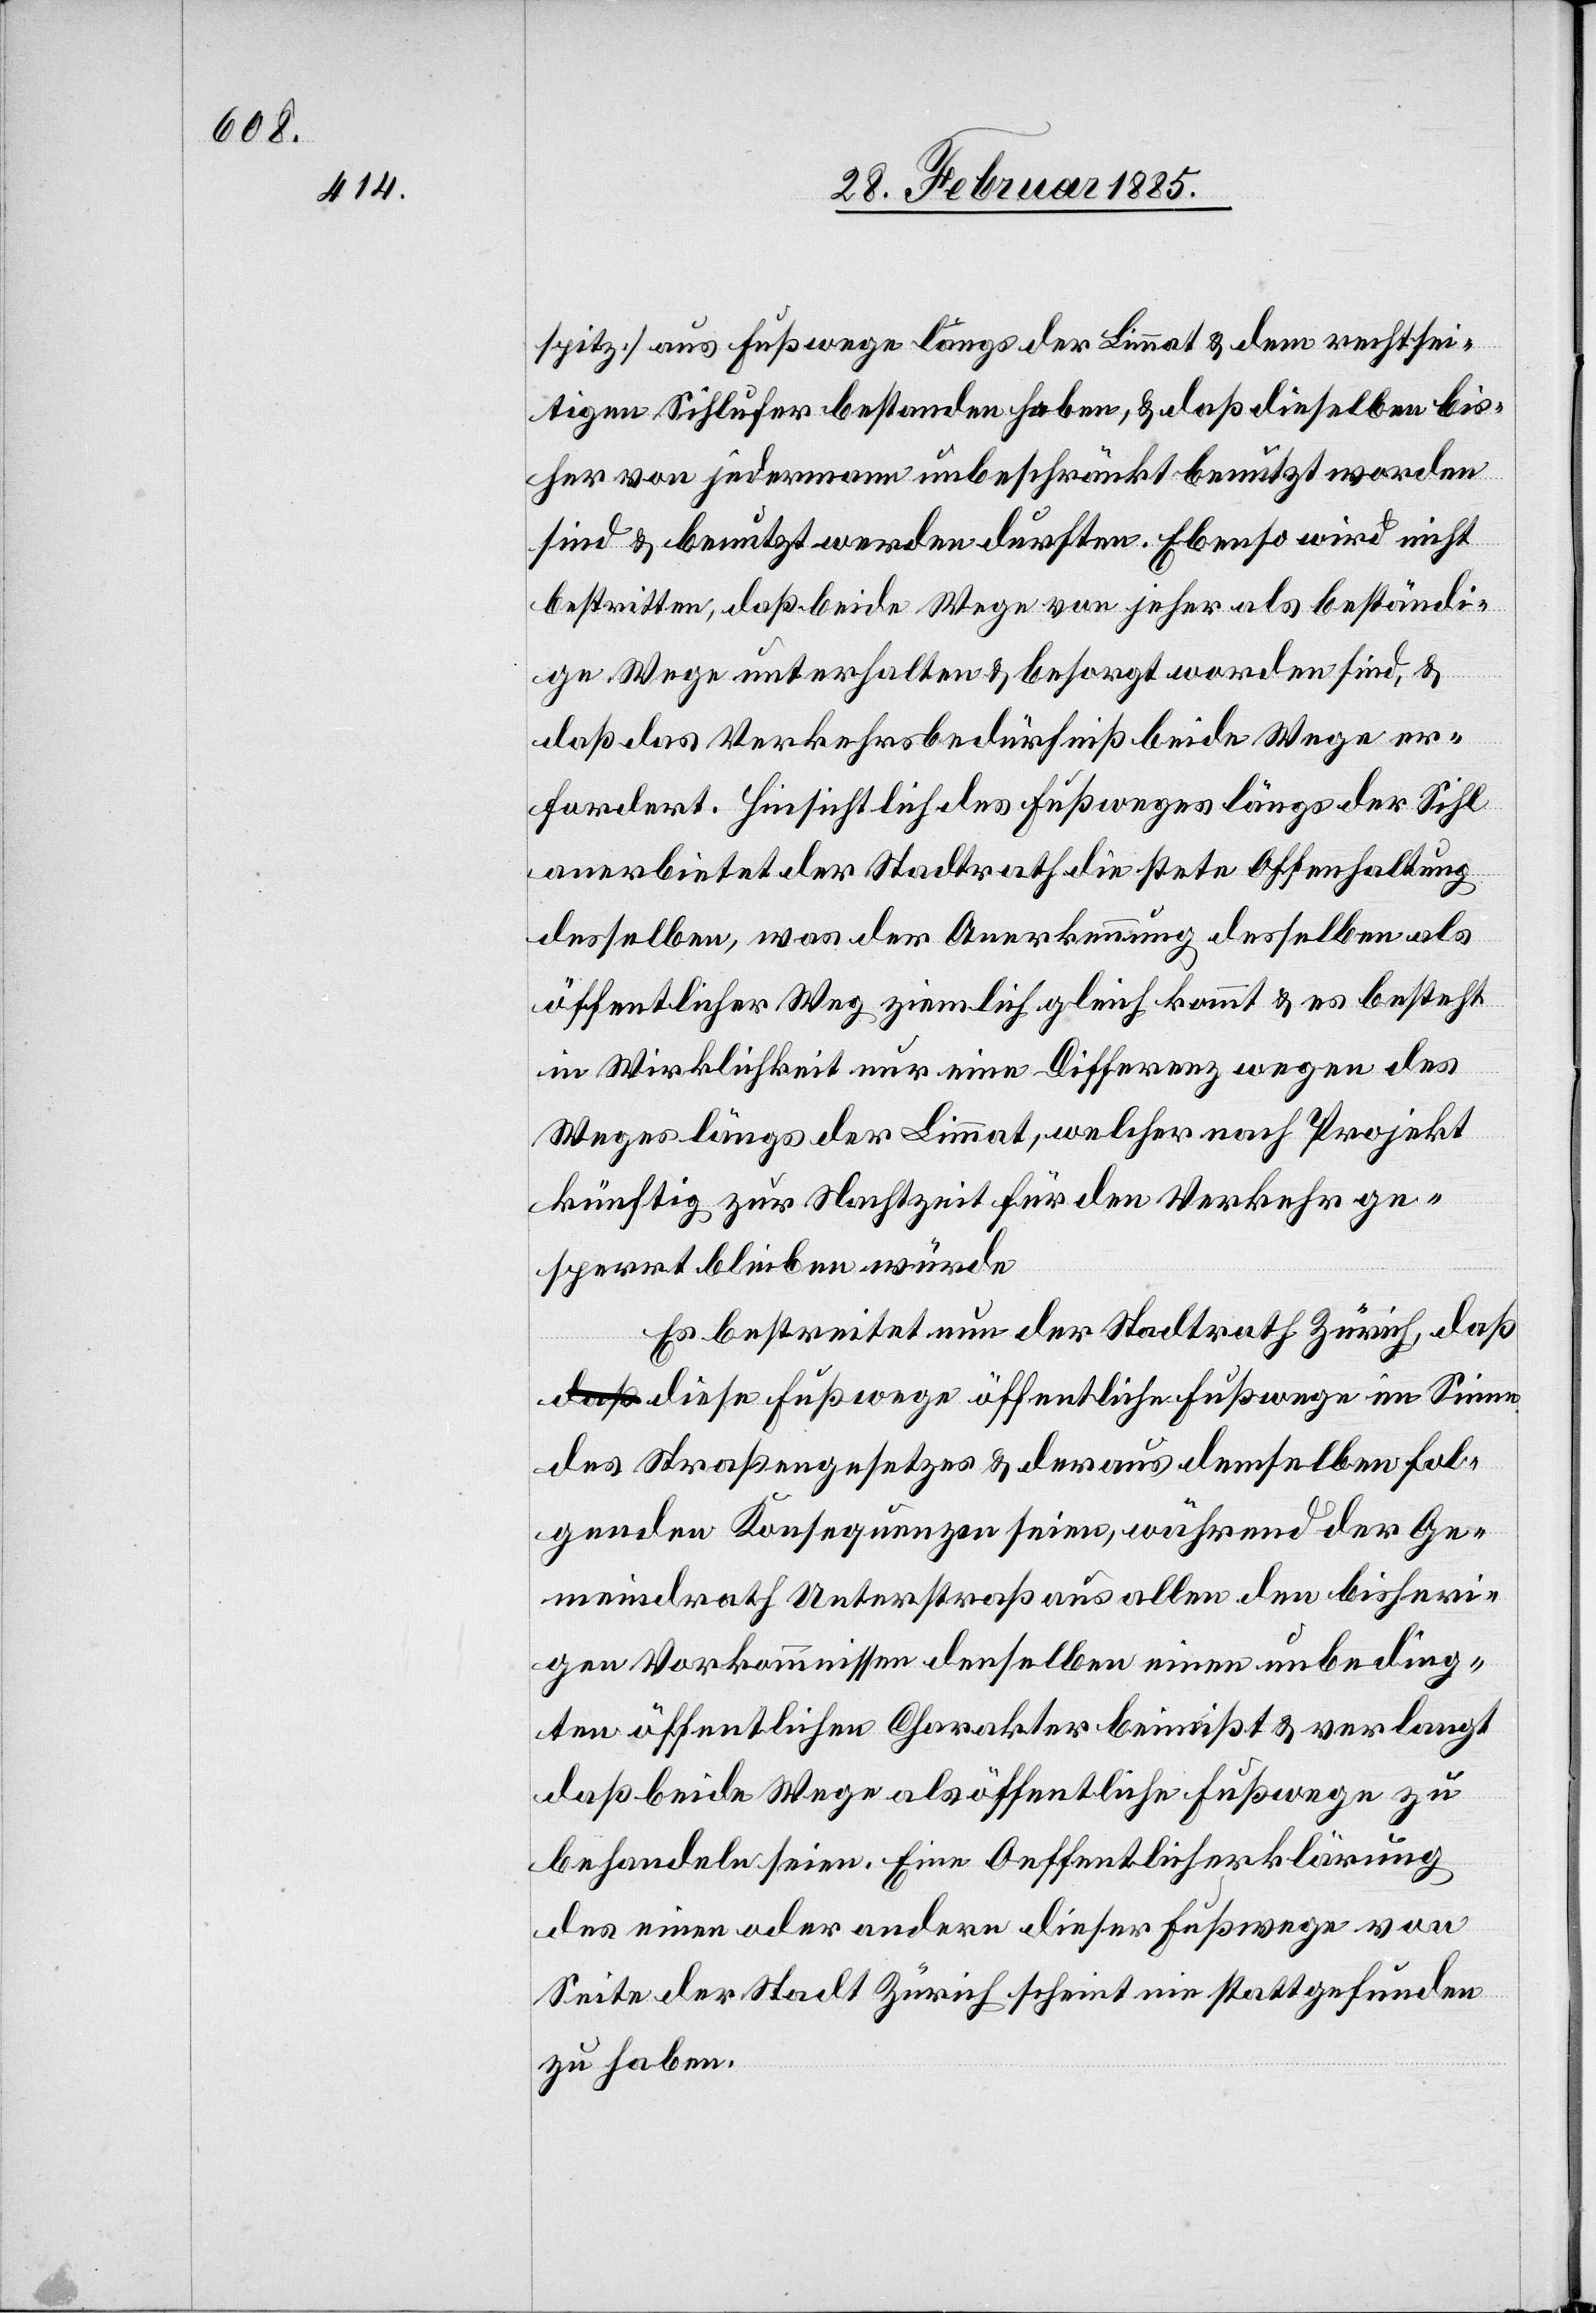
spitz] aus Fußwege längs der Limmat & dem rechtssei¬
tigen Sihlufer bestanden haben, & daß dieselben bis¬
her von jedermann unbeschränkt benutzt worden
sind & benutzt werden durften. Ebenso wird nicht
bestritten, daß beide Wege von jeher als beständi¬
ge Wege unterhalten & besorgt worden sind, &
daß das Verkehrsbedürfniß beide Wege er¬
fordert. Hinsichtlich des Fußweges längs der Sihl
anerbietet der Stadtrath die stete Offenhaltung
desselben, was der Anerkennung desselben als
öffentlicher Weg ziemlich gleich kommt & es besteht
in Wirklichkeit nur eine Differenz wegen des
Weges längs der Limmat, welcher nach Projekt
künftig zur Nachtzeit für den Verkehr ge¬
sperrt bleiben würde.
Es bestreitet nun der Stadtrath Zürich, das
diese Fußwege öffentliche Fußwege im Sinne
des Straßengesetzes & der aus demselben fol¬
genden Konsequenzen seien, während der Ge¬
meindrath Unterstraß aus allen den bisheri¬
gen Vorkommnissen denselben einen unbeding¬
ten öffentlichen Charakter beimißt & verlangt,
daß beide Wege als öffentliche Fußwege zu
behandeln seien. Eine Oeffentlicherklärung
des einen oder andern dieser Fußwege von
Seite der Stadt Zürich scheint nie stattgefunden
zu haben.